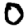
Digit: 0